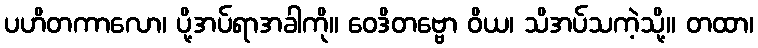
ပဟိတကာလော၊ ပို့အပ်ရာအခါကို။ ဝေဒိတဗ္ဗော ဝိယ၊ သိအပ်သကဲ့သို့။ တထာ၊